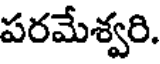
పరమేశ్వరి.